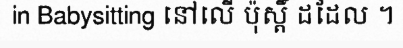
in Babysitting នៅលើ ប៉ុស្តិ៍ ដដែល ។